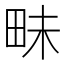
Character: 𮴾